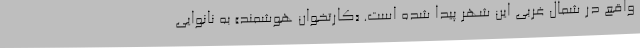
واقع در شمال غربی این شهر پیدا شده است. «کارتخوان هوشمند» به نانوایی